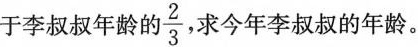
于李叔叔年龄的 \frac{2}{3}，求今年李叔叔的年龄。